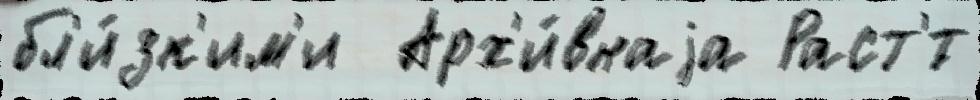
бл'и́зк'им'и  Арх'и́внаjа Раст'́т